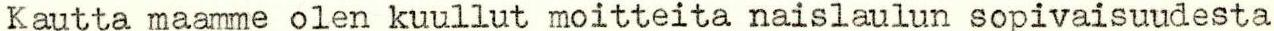
Kautta maamme olen kuullut moitteita naislaulun sopivaisuudesta